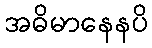
အဓိမာနေနပိ